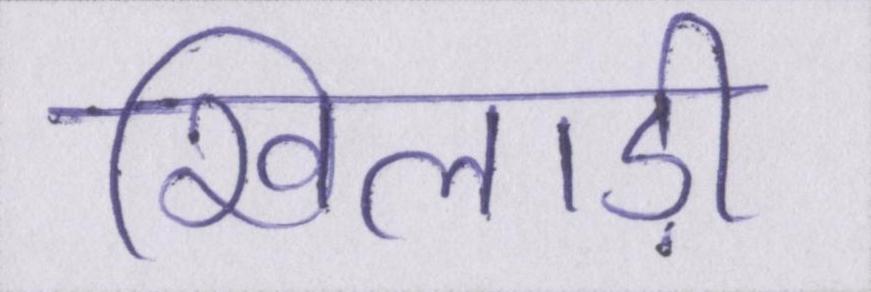
खिलाड़ी